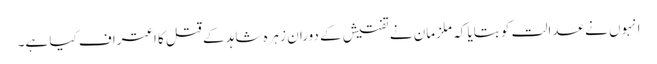
انہوں نے عدالت کو بتایا کہ ملزمان نے تفتیش کے دوران زہرہ شاہد کے قتل کا اعتراف کیا ہے۔